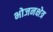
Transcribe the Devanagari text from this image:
भोजनक्षेत्र